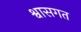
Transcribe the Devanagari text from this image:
श्वासगत